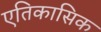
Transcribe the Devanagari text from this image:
एतिकासिक